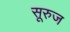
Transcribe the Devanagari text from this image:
सूरुज